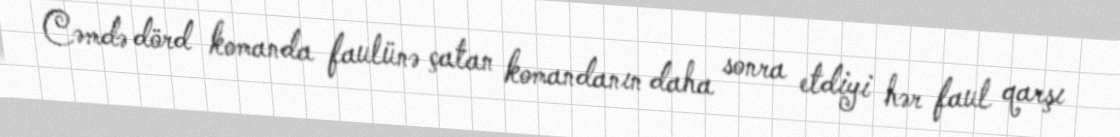
Cəmdə dörd komanda faulünə çatan komandanın daha sonra etdiyi hər faul qarşı